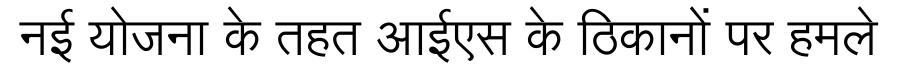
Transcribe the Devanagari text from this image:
नई योजना के तहत आईएस के ठिकानों पर हमले